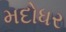
મદોધર